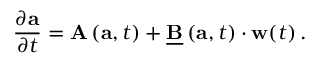
\frac { \partial \mathbf { a } } { \partial t } = \mathbf { A } \left( \mathbf { a } , t \right) + \underline { { \mathbf { B } } } \left( \mathbf { a } , t \right) \cdot \mathbf { w } ( t ) \, .